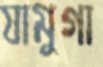
যামুগা